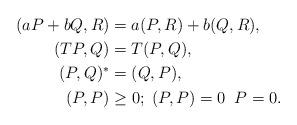
LaTeX: \begin{align*}(aP+bQ,R)&=a(P,R)+b(Q,R), \\(TP,Q)&=T(P,Q),\\(P,Q)^*&=(Q,P),\\(P,P)&\ge0; \;(P,P)=0\;\; P=0. \end{align*}